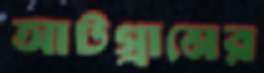
আটগ্রামের